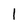
Character: l